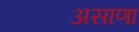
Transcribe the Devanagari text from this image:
असाणा